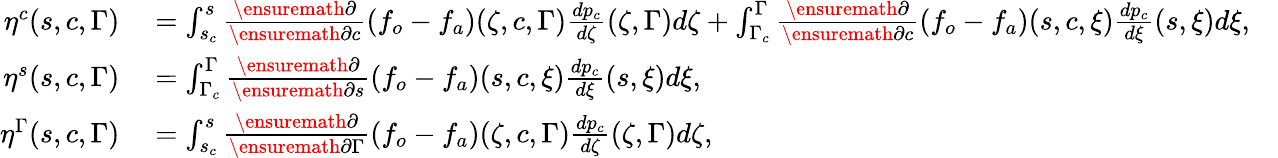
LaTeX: \begin{array}{rlr}{\eta^{c}(s,c,\Gamma)}&{{}=\int_{s_{c}}^{s}\frac{\ensuremath{\partial}}{\ensuremath{\partial}c}\left(f_{o}-f_{a}\right)(\zeta,c,\Gamma)\frac{dp_{c}}{d\zeta}(\zeta,\Gamma)d\zeta+\int_{\Gamma_{c}}^{\Gamma}\frac{\ensuremath{\partial}}{\ensuremath{\partial}c}\left(f_{o}-f_{a}\right)(s,c,\xi)\frac{dp_{c}}{d\xi}(s,\xi)d\xi,}&{}\\ {\eta^{s}(s,c,\Gamma)}&{{}=\int_{\Gamma_{c}}^{\Gamma}\frac{\ensuremath{\partial}}{\ensuremath{\partial}s}\left(f_{o}-f_{a}\right)(s,c,\xi)\frac{dp_{c}}{d\xi}(s,\xi)d\xi,}&{}\\ {\eta^{\Gamma}(s,c,\Gamma)}&{{}=\int_{s_{c}}^{s}\frac{\ensuremath{\partial}}{\ensuremath{\partial}\Gamma}\left(f_{o}-f_{a}\right)(\zeta,c,\Gamma)\frac{dp_{c}}{d\zeta}(\zeta,\Gamma)d\zeta,}&{}\end{array}